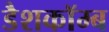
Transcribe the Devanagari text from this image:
डैशकॉम्ब